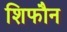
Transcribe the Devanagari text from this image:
शिफौन